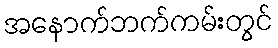
အနောက်ဘက်ကမ်းတွင်